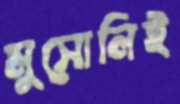
মুসোনিই